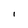
Character: i